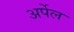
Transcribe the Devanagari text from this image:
अर्पेल